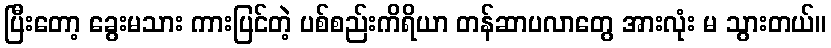
ပြီးတော့ ခွေးမသား ကားပြင်တဲ့ ပစ်စည်းကိရိယာ တန်ဆာပလာတွေ အားလုံး မ သွားတယ်။